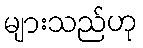
များသည်ဟု